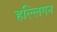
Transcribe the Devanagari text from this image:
हल्लिगन